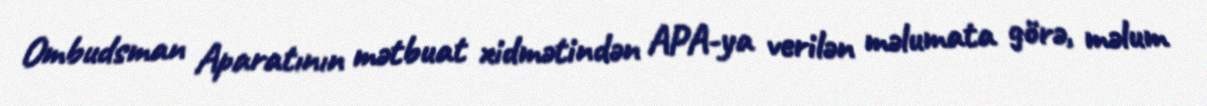
Ombudsman Aparatının mətbuat xidmətindən APA-ya verilən məlumata görə, məlum